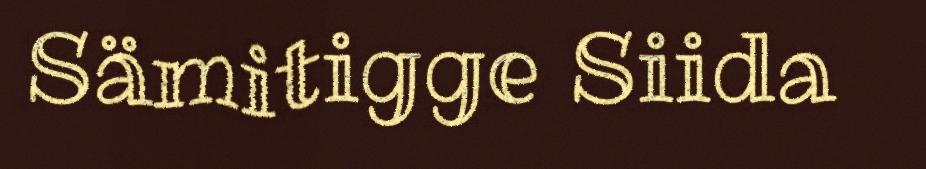
Sämitigge Siida